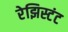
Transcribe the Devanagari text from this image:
रेझिस्टंट